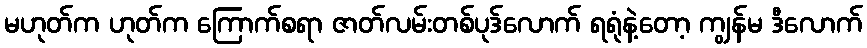
မဟုတ်က ဟုတ်က ကြောက်စရာ ဇာတ်လမ်းတစ်ပုဒ်လောက် ရရုံနဲ့တော့ ကျွန်မ ဒီလောက်